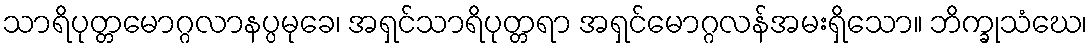
သာရိပုတ္တမောဂ္ဂလာနပ္ပမုခေ၊ အရှင်သာရိပုတ္တရာ အရှင်မောဂ္ဂလန်အမးရှိသော။ ဘိက္ခုသံဃေ၊